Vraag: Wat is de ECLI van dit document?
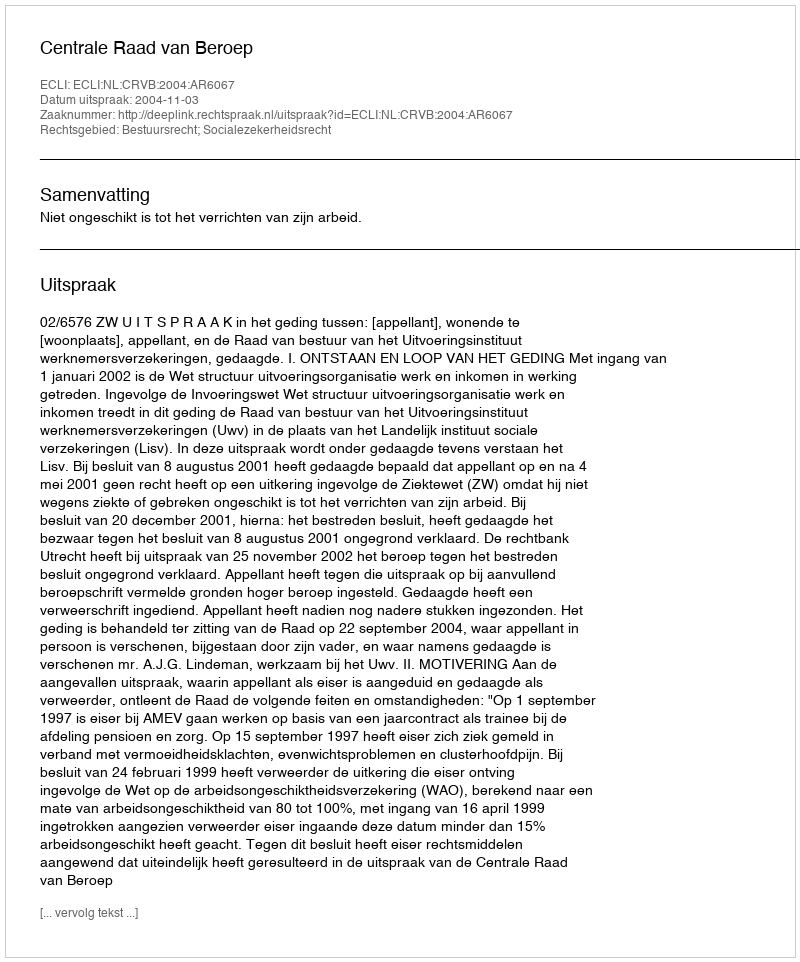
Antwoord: ECLI:NL:CRVB:2004:AR6067